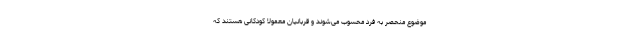
موضوع منحصر به فرد محسوب می‌شوند و قربانیان معمولا کودکانی هستند که